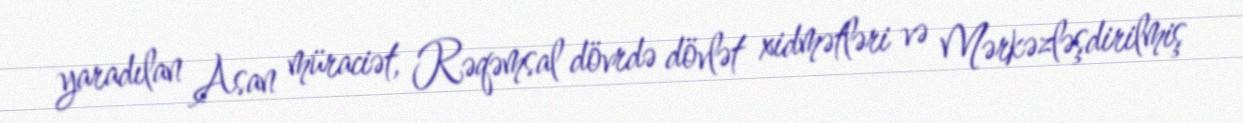
yaradılan Asan müraciət, Rəqəmsal dövrdə dövlət xidmətləri və Mərkəzləşdirilmiş